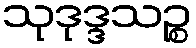
သုဒုဒ္ဒသဉ္စ